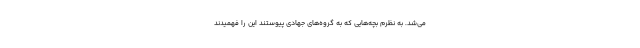
می‌شد. به نظرم بچه‌هایی که به گروه‌های جهادی پیوستند این را فهمیدند